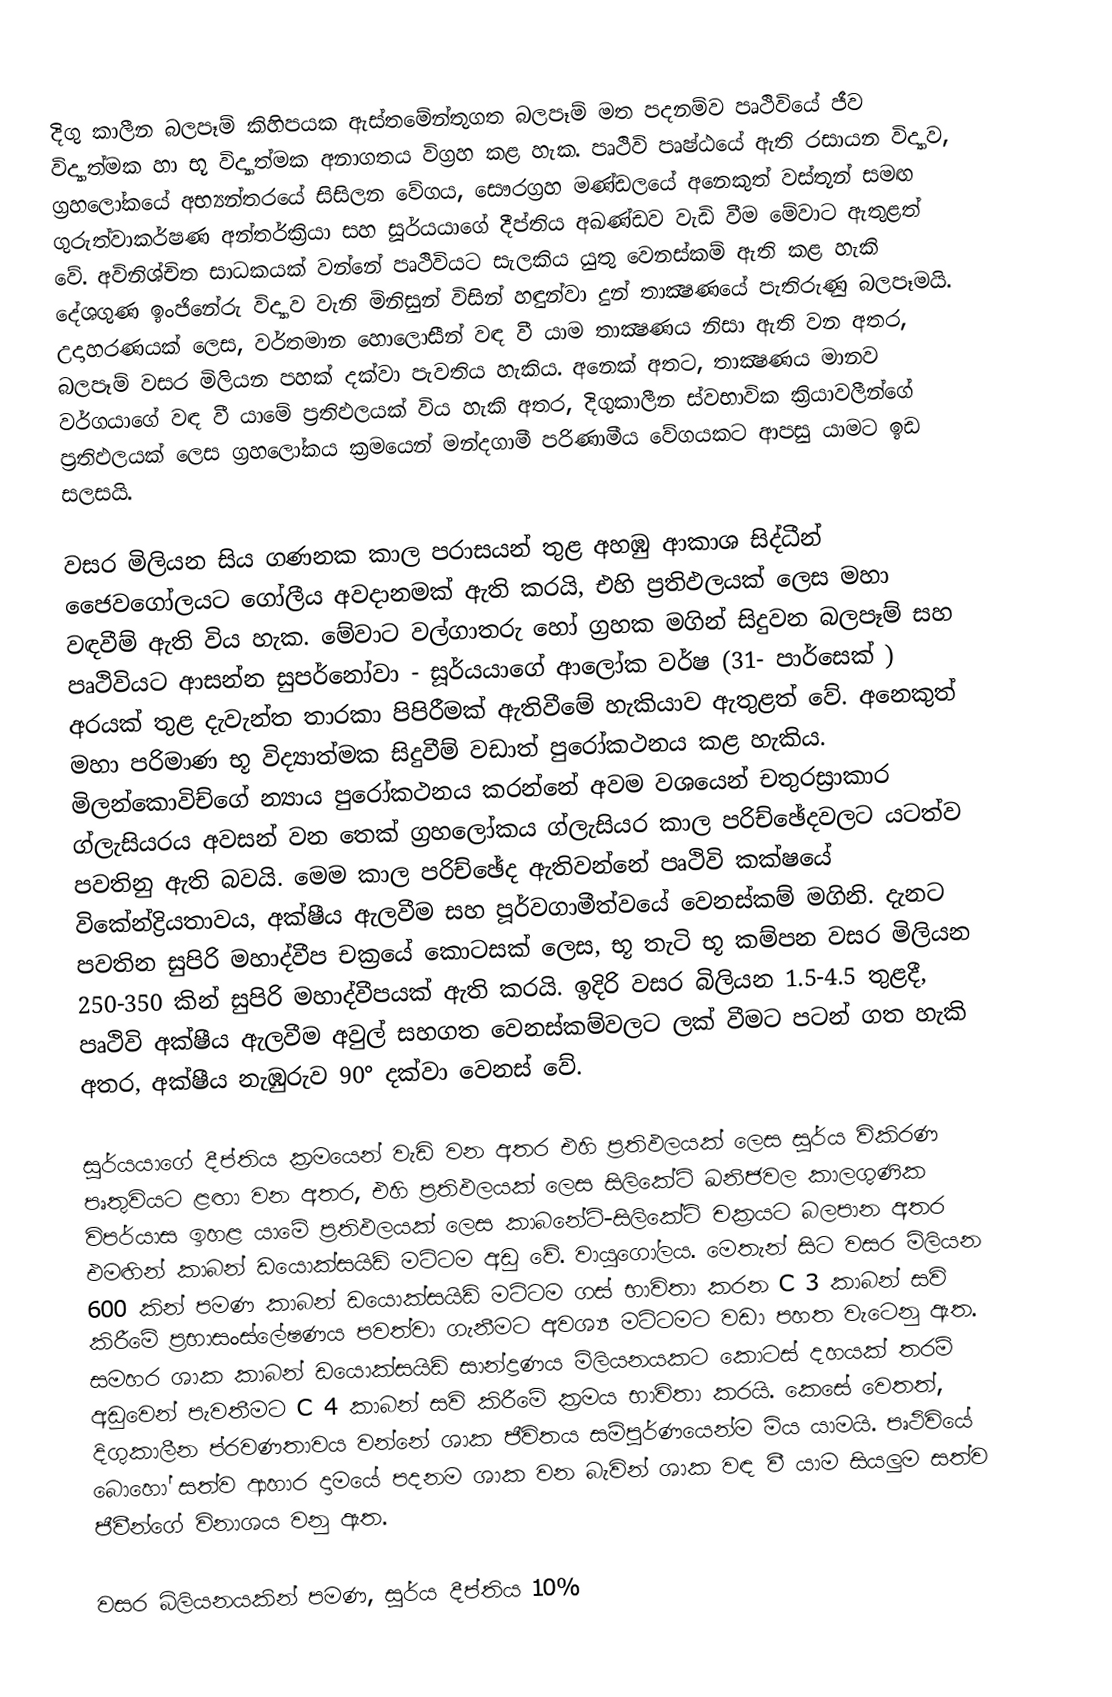
දිගු කාලීන බලපෑම් කිහිපයක ඇස්තමේන්තුගත බලපෑම් මත පදනම්ව පෘථිවියේ ජීව විද්‍යාත්මක හා භූ විද්‍යාත්මක අනාගතය විග්‍රහ කළ හැක. පෘථිවි පෘෂ්ඨයේ ඇති රසායන විද්‍යාව, ග්‍රහලෝකයේ අභ්‍යන්තරයේ සිසිලන වේගය, සෞරග්‍රහ මණ්ඩලයේ අනෙකුත් වස්තූන් සමඟ ගුරුත්වාකර්ෂණ අන්තර්ක්‍රියා සහ සූර්යයාගේ දීප්තිය අඛණ්ඩව වැඩි වීම මේවාට ඇතුළත් වේ. අවිනිශ්චිත සාධකයක් වන්නේ පෘථිවියට සැලකිය යුතු වෙනස්කම් ඇති කළ හැකි දේශගුණ ඉංජිනේරු විද්‍යාව  වැනි මිනිසුන් විසින් හඳුන්වා දුන් තාක්‍ෂණයේ පැතිරුණු බලපෑමයි.   උදාහරණයක් ලෙස, වර්තමාන හොලොසීන් වඳ වී යාම  තාක්‍ෂණය නිසා ඇති වන අතර,  බලපෑම් වසර මිලියන පහක් දක්වා පැවතිය හැකිය.  අනෙක් අතට, තාක්‍ෂණය මානව වර්ගයාගේ වඳ වී යාමේ ප්‍රතිඵලයක් විය හැකි අතර, දිගුකාලීන ස්වභාවික ක්‍රියාවලීන්ගේ ප්‍රතිඵලයක් ලෙස ග්‍රහලෝකය ක්‍රමයෙන් මන්දගාමී පරිණාමීය වේගයකට ආපසු යාමට ඉඩ සලසයි.

වසර මිලියන සිය ගණනක කාල පරාසයන් තුළ අහඹු ආකාශ සිද්ධීන් ජෛවගෝලයට ගෝලීය අවදානමක් ඇති කරයි, එහි ප්‍රතිඵලයක් ලෙස මහා වඳවීම් ඇති විය හැක. මේවාට වල්ගාතරු හෝ ග්‍රහක මගින් සිදුවන බලපෑම් සහ පෘථිවියට ආසන්න සුපර්නෝවා - සූර්යයාගේ ආලෝක වර්ෂ  (31- පාර්සෙක් ) අරයක් තුළ දැවැන්ත තාරකා පිපිරීමක් ඇතිවීමේ හැකියාව ඇතුළත් වේ. අනෙකුත් මහා පරිමාණ භූ විද්‍යාත්මක සිදුවීම් වඩාත් පුරෝකථනය කළ හැකිය. මිලන්කොවිච්ගේ න්‍යාය පුරෝකථනය කරන්නේ අවම වශයෙන් චතුරස්‍රාකාර ග්ලැසියරය අවසන් වන තෙක් ග්‍රහලෝකය ග්ලැසියර කාල පරිච්ඡේදවලට යටත්ව පවතිනු ඇති බවයි. මෙම කාල පරිච්ඡේද ඇතිවන්නේ පෘථිවි කක්ෂයේ විකේන්ද්‍රියතාවය, අක්ෂීය ඇලවීම සහ පූර්වගාමීත්වයේ වෙනස්කම් මගිනි.  දැනට පවතින සුපිරි මහාද්වීප චක්‍රයේ කොටසක් ලෙස, භූ තැටි භූ කම්පන වසර මිලියන 250-350 කින් සුපිරි මහාද්වීපයක් ඇති කරයි. ඉදිරි වසර බිලියන 1.5-4.5 තුළදී, පෘථිවි අක්ෂීය ඇලවීම අවුල් සහගත වෙනස්කම්වලට ලක් වීමට පටන් ගත හැකි අතර, අක්ෂීය නැඹුරුව 90° දක්වා වෙනස් වේ.

සූර්යයාගේ දීප්තිය ක්‍රමයෙන් වැඩි වන අතර එහි ප්‍රතිඵලයක් ලෙස සූර්ය විකිරණ පෘතුවියට ළඟා වන අතර, එහි ප්‍රතිඵලයක් ලෙස සිලිකේට් ඛනිජවල කාලගුණික විපර්යාස ඉහළ යාමේ ප්‍රතිඵලයක් ලෙස කාබනේට්-සිලිකේට් චක්‍රයට බලපාන අතර එමඟින් කාබන් ඩයොක්සයිඩ් මට්ටම අඩු වේ. වායුගෝලය. මෙතැන් සිට වසර මිලියන 600 කින් පමණ කාබන් ඩයොක්සයිඩ් මට්ටම ගස් භාවිතා කරන C 3 කාබන් සවි කිරීමේ ප්‍රභාසංස්ලේෂණය පවත්වා ගැනීමට අවශ්‍ය මට්ටමට වඩා පහත වැටෙනු ඇත. සමහර ශාක කාබන් ඩයොක්සයිඩ් සාන්ද්‍රණය මිලියනයකට කොටස් දහයක් තරම් අඩුවෙන් පැවතීමට C 4 කාබන් සවි කිරීමේ ක්‍රමය භාවිතා කරයි. කෙසේ වෙතත්, දිගුකාලීන ප්රවණතාවය වන්නේ ශාක ජීවිතය සම්පූර්ණයෙන්ම මිය යාමයි. පෘථිවියේ බොහෝ සත්ව ආහාර දාමයේ පදනම ශාක වන බැවින් ශාක වඳ වී යාම සියලුම සත්ව ජීවීන්ගේ විනාශය වනු ඇත.

වසර බිලියනයකින් පමණ, සූර්ය දීප්තිය 10%